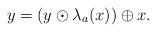
LaTeX: \begin{align*}y= (y \odot \lambda_a(x))\oplus x.\end{align*}